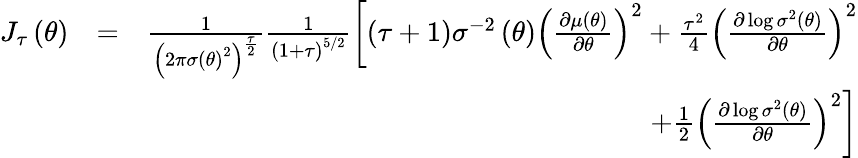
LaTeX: \begin{array}{rlr}{J_{\tau}\left(\theta\right)}&{=}&{\frac{1}{\left(2\pi\sigma\left(\theta\right)^{2}\right)^{\frac{\tau}{2}}}\frac{1}{\left(1+\tau\right)^{5/2}}\left[\left(\tau+1\right)\sigma^{-2}\left(\theta\right)\left(\frac{\partial\mu\left(\theta\right)}{\partial\theta}\right)^{2}+\frac{\tau^{2}}{4}\left(\frac{\partial\log\sigma^{2}\left(\theta\right)}{\partial\theta}\right)^{2}\right.}\\ &{}&{\left.+\frac{1}{2}\left(\frac{\partial\log\sigma^{2}\left(\theta\right)}{\partial\theta}\right)^{2}\right]}\end{array}